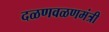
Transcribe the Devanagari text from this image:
दळणवळणमंत्री